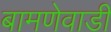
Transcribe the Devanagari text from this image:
बामणेवाडी